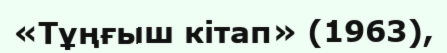
«Тұңғыш кітап» (1963),